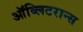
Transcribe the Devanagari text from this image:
ऑब्लिटरान्स